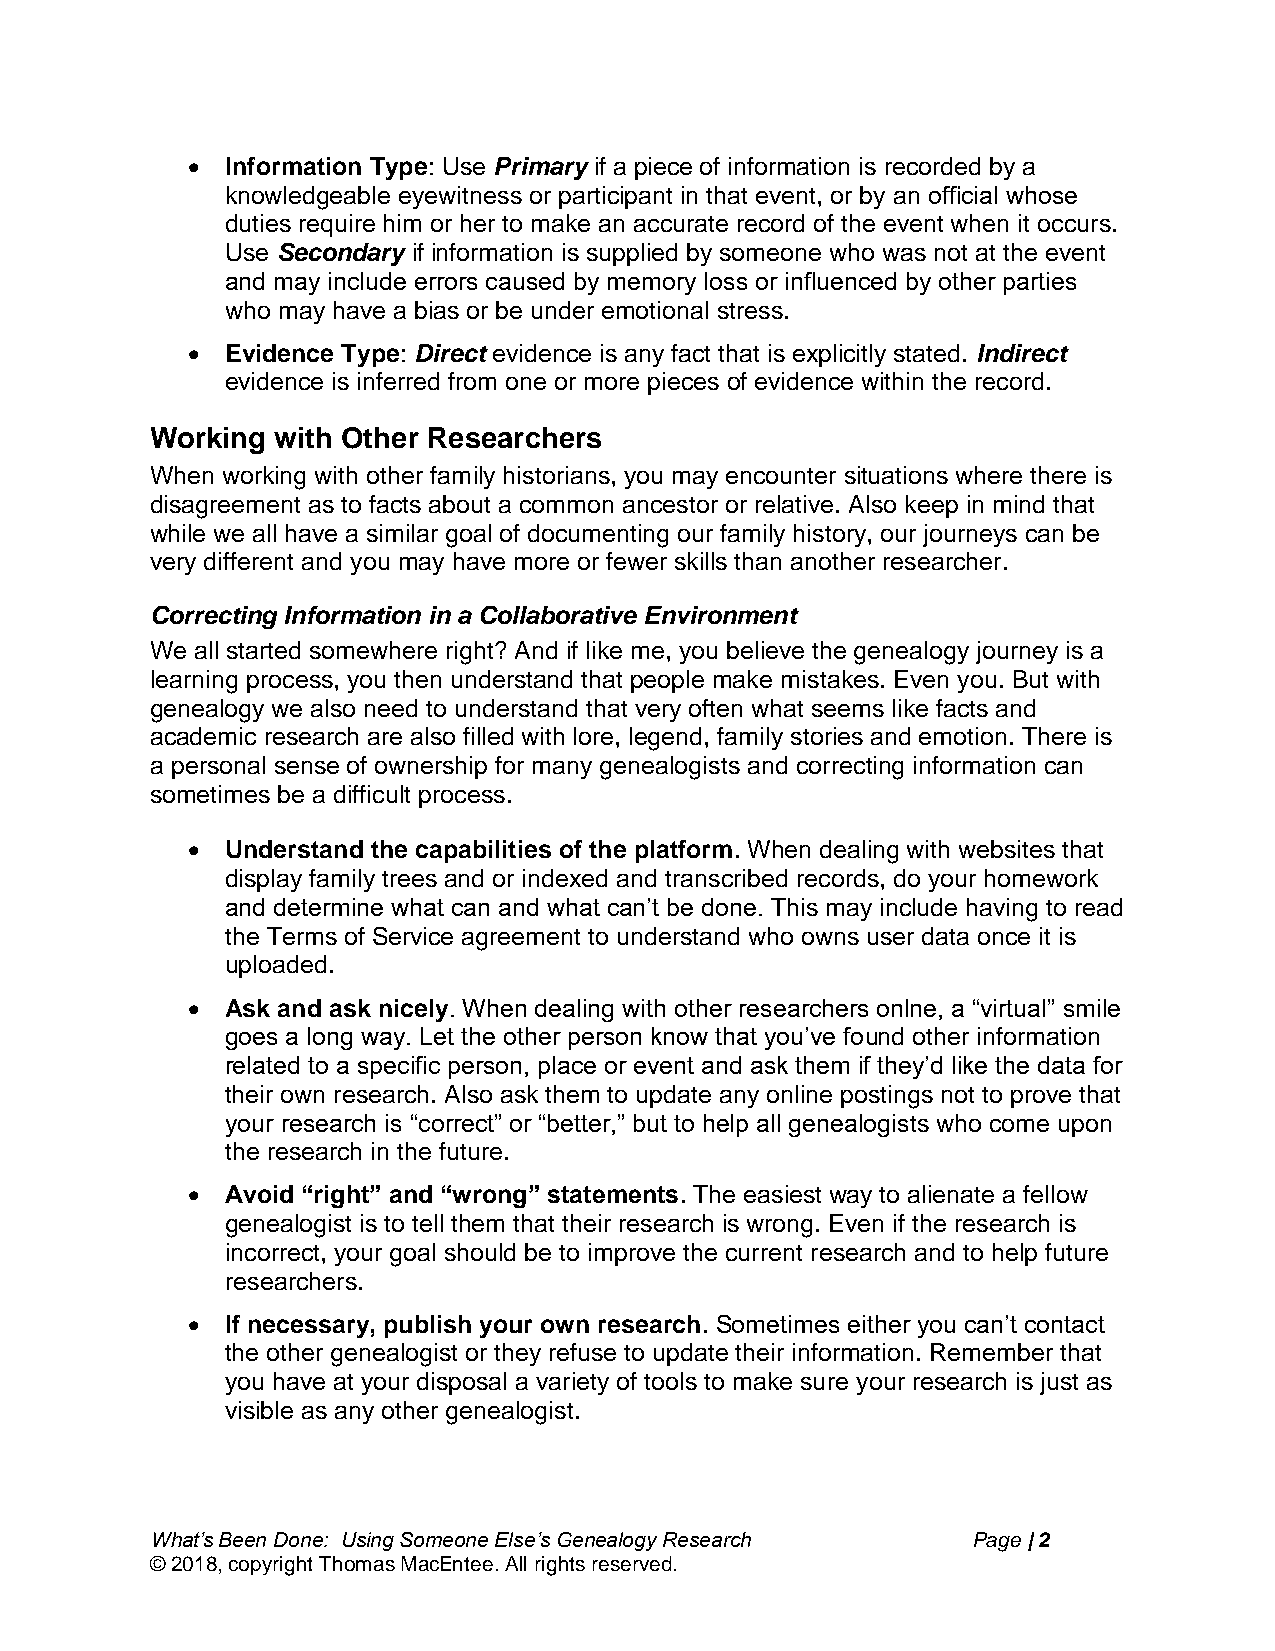
  Information Type: Use Primary if a piece of information is recorded by a
 knowledgeable eyewitness or participant in that event, or by an official whose
 duties require him or her to make an accurate record of the event when it occurs.
 Use Secondary if information is supplied by someone who was not at the event
 and may include errors caused by memory loss or influenced by other parties
 who may have a bias or be under emotional stress.
   Evidence Type: Direct evidence is any fact that is explicitly stated. Indirect
 evidence is inferred from one or more pieces of evidence within the record.
 Working with Other Researchers
 When working with other family historians, you may encounter situations where there is
 disagreement as to facts about a common ancestor or relative. Also keep in mind that
 while we all have a similar goal of documenting our family history, our journeys can be
 very different and you may have more or fewer skills than another researcher.
 Correcting Information in a Collaborative Environment
 We all started somewhere right? And if like me, you believe the genealogy journey is a
 learning process, you then understand that people make mistakes. Even you. But with
 genealogy we also need to understand that very often what seems like facts and
 academic research are also filled with lore, legend, family stories and emotion. There is
 a personal sense of ownership for many genealogists and correcting information can
 sometimes be a difficult process.
   Understand the capabilities of the platform. When dealing with websites that
 display family trees and or indexed and transcribed records, do your homework
 and determine what can and what can’t be done. This may include having to read
 the Terms of Service agreement to understand who owns user data once it is
 uploaded.
   Ask and ask nicely. When dealing with other researchers onlne, a “virtual” smile
 goes a long way. Let the other person know that you’ve found other information
 related to a specific person, place or event and ask them if they’d like the data for
 their own research. Also ask them to update any online postings not to prove that
 your research is “correct” or “better,” but to help all genealogists who come upon
 the research in the future.
   Avoid “right” and “wrong” statements. The easiest way to alienate a fellow
 genealogist is to tell them that their research is wrong. Even if the research is
 incorrect, your goal should be to improve the current research and to help future
 researchers.
   If necessary, publish your own research. Sometimes either you can’t contact
 the other genealogist or they refuse to update their information. Remember that
 you have at your disposal a variety of tools to make sure your research is just as
 visible as any other genealogist.
 What’s Been Done: Using Someone Else’s Genealogy Research Page | 2
 © 2018, copyright Thomas MacEntee. All rights reserved.